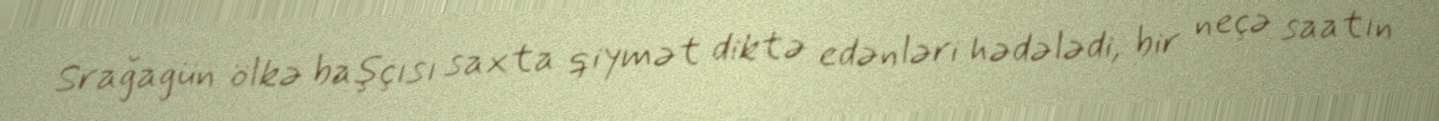
Srağagün ölkə başçısı saxta qiymət diktə edənləri hədələdi, bir neçə saatın